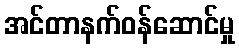
အင်တာနက်ဝန်ဆောင်မှု